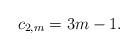
LaTeX: \begin{align*} c_{2,m}=3m-1.\end{align*}